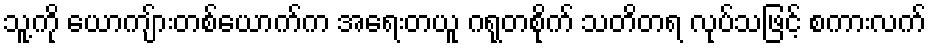
သူ့ကို ယောကျ်ားတစ်ယောက်က အရေးတယူ ဂရုတစိုက် သတိတရ လုပ်သဖြင့် စကားလက်